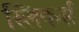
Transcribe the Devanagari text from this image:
स्लिकर्स